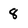
Character: 8